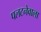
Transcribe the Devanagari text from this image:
पलटनेवाला